Scottish Certificate of Education, 1962
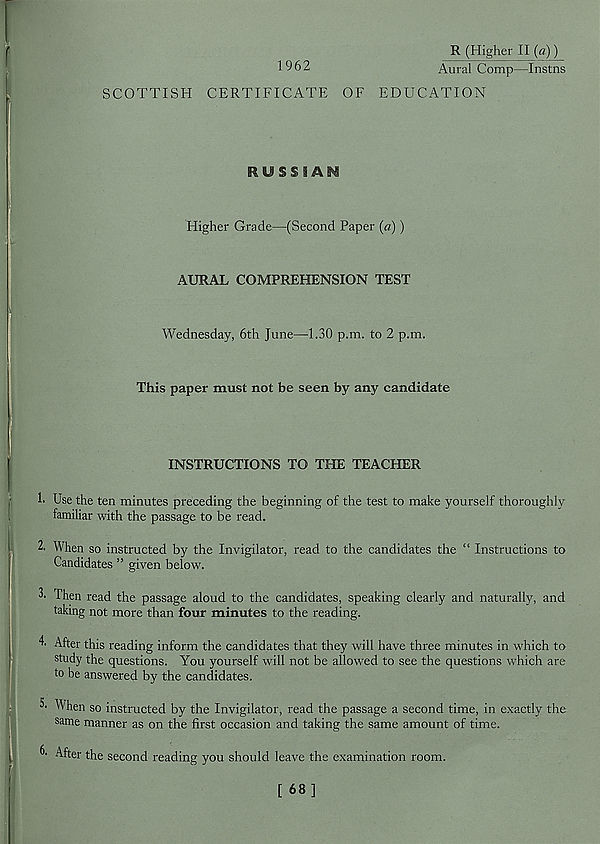
1962
R (Higher II (fl))
Aural Comp—Instns
SCOTTISH CERTIFICATE OF EDUCATION
RUSSIAN
Higher Grade—(Second Paper («))
AURAL COMPREHENSION TEST
Wednesday, 6th June—1.30 p.m. to 2 p.m.
This paper must not be seen by any candidate
INSTRUCTIONS TO THE TEACHER
h Use the ten minutes preceding the beginning of the test to make yourself thoroughly
familiar with the passage to be read.
2. When so instructed by the Invigilator, read to the candidates the “ Instructions to
Candidates ” given below.
3- Then read the passage aloud to the candidates, speaking clearly and naturally, and
taking not more than four minutes to the reading.
4- After this reading inform the candidates that they will have three minutes in which to
study the questions. You yourself will not be allowed to see the questions which are
to be answered by the candidates.
When so instructed by the Invigilator, read the passage a second time, in exactly the
same manner as on the first occasion and taking the same amount of time.
C After the second reading you should leave the examination room.
[ 68]